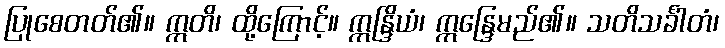
ပြုစေတတ်၏။ ဣတိ၊ ထို့ကြောင့်။ ဣန္ဒြိယံ၊ ဣန္ဒြေမည်၏။ သတိသင်္ခါတံ၊